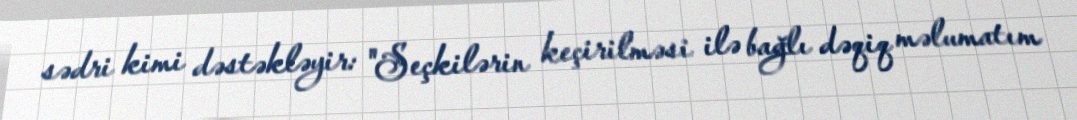
sədri kimi dəstəkləyir: "Seçkilərin keçirilməsi ilə bağlı dəqiq məlumatım